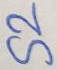
Text: S2